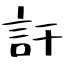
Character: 訐